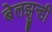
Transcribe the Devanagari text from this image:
बेलझुन्डी